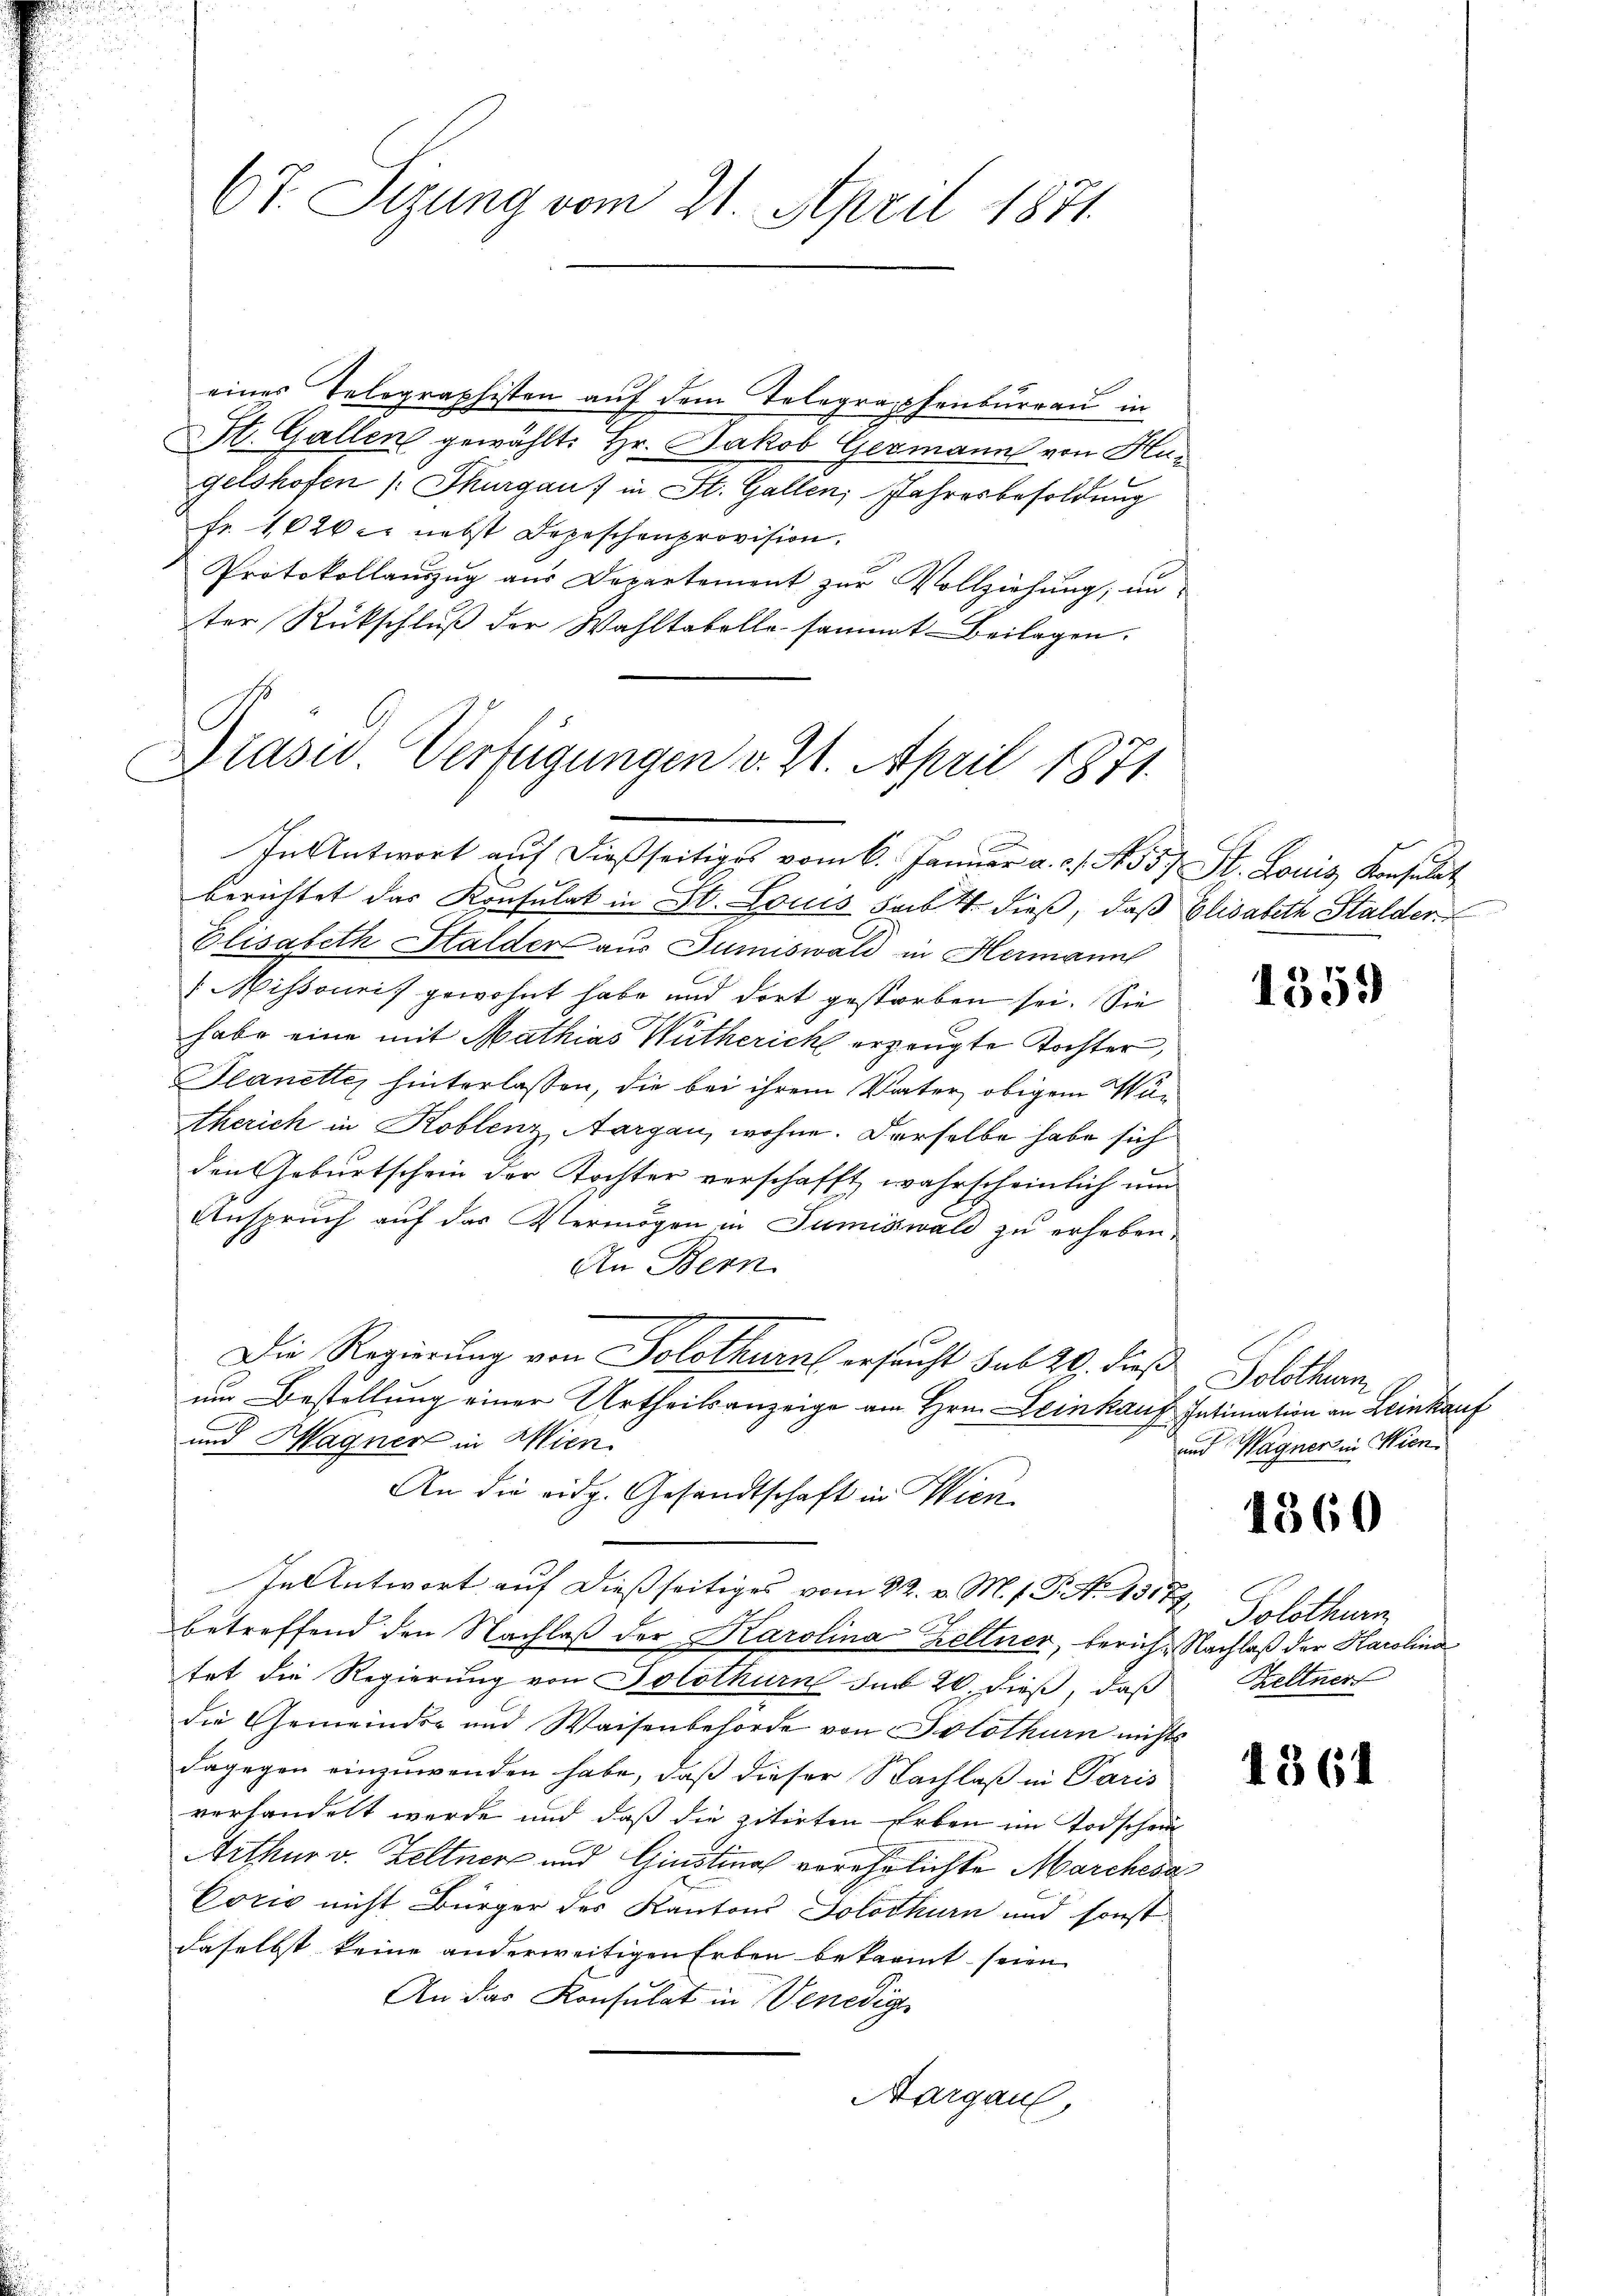
67. Sizung vom 21. April 1871.

eines Telegraphisten auf dem Telegraphenbureau in
St. Gallen gewählt: Hr. Jakob Germann von Hugelshofen (Thurgau) in St. Gallen Jahresbesoldung
Fr. 1020 er nebst Depeschenprovision.
Protokollauszug aus Departement zur Vollziehung, un
ter Rückschluß der Wahltabelle sammt- Beilagen.

Präsid. Verfügungen v. 21. April 1871.
.

In Antwort auf dießseitiges vom 6. Januar a. c. S. 557. St. Louis Konsulat
berichtet das Konsulat in St. Louis sub 1. dieß, daß Elisabeth Stalder
Elisabeth Halder aus Jumiswald in Hermann
Mihsouris gewohnt habe und dort gestorben sei. Sie
habe eine mit Mathias Wutherich erzeugte Tochter,
Planette, hinterlassen, die bei ihrem Vater obigem Würtherich in Koblenz, Aargau, wohne. Derselbe habe sich
den Geburtschein der Tochter verschafft, wahrscheinlich um
Anspruch auf das Vermögen in Sumiswald zu erheben,
An Bern
Die Regierung von Solothurn ersucht sub 20. dieß
um Bestellung einer Urtheilsanzeige an Hrn. Leinkauf Intimation an Leinkauf
und Hagner in Wien.
An die eidg. Gesandtschaft in Wien
In Antwort auf dießseitiges vom 22. v. M. h. T. Ao. 13177
betreffend den Nachlaß der Karolina Zeltner, berich. Nachlaß der Karolina
tet die Regierung von Solothurn sub 20. dieß, daß Keltner
die Gemeinden und Waisenbehörde von Solothurn nichts
dagegen einzuwenden habe, daß dieser Nachlaß in Paris
verhandelt werde und daß die zitirten Erben im Todschein
Arthur v. Zeltner und Ginstinal verehrlichte Marchesa
Corio nicht Bürger des Kantons Solothurn und sonst
daselbst keine anderweitigen Erben bekannt seien
An das Konsulat in Venedige
Aargau

1359

Solothum
und Wagner in Wien.

1360

Solothurn

1361